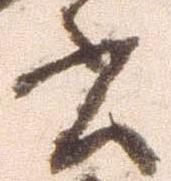
書